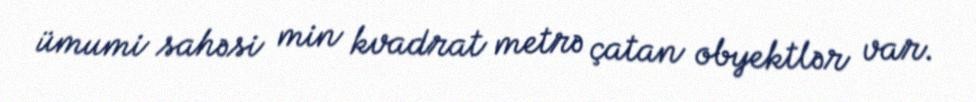
ümumi sahəsi min kvadrat metrə çatan obyektlər var.